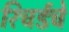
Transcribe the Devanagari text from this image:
रिचर्डचे